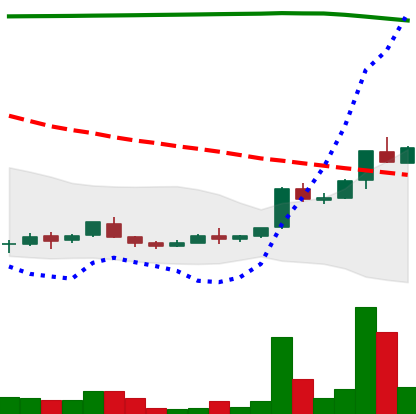
Ticker: ADA-USD
Chart end date: 2018-04-18
Forward return: 10.806%
Label: up_7plus